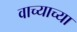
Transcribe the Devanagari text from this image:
वाच्याच्या